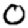
Digit: 0